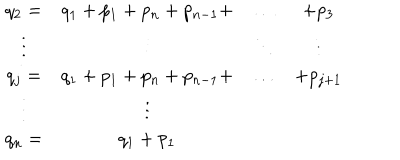
LaTeX: \begin{array} { c c c c } { { q _ { 2 } = } } & { { q _ { 1 } + p _ { 1 } + p _ { n } + p _ { n - 1 } + } } & { { \ldots } } & { { + p _ { 3 } } } \\ { { \vdots } } & { { \vdots } } & { { \ddots } } & { { \vdots } } \\ { { q _ { j } = } } & { { q _ { 1 } + p _ { 1 } + p _ { n } + p _ { n - 1 } + } } & { { \ldots } } & { { + p _ { j + 1 } } } \\ { { \vdots } } & { { \vdots } } & { { } } & { { } } \\ { { q _ { n } = } } & { { q _ { 1 } + p _ { 1 } } } & { { } } & { { } } \\ \end{array}